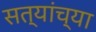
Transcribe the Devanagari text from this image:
सत्यांच्या